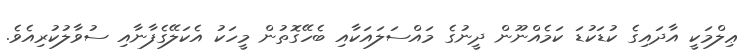
ޢިލްމަކީ އާދައިގެ ކުޑަކުޑަ ކަމެއްނޫން ދީނުގެ މައްސަލައަކާއި ބެހޭގޮތުން މީހަކު އެކަލޭގެފާނާއި ސުވާލުކުރިއެވެ.